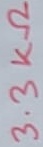
Text: 3.3KΩ